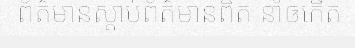
ព័ត៌មានស្តាប់ព័ត៌មានពិត នាំឲកើត